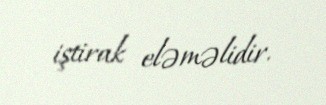
iştirak eləməlidir.